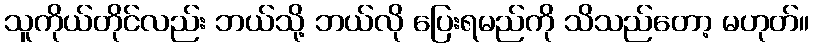
သူကိုယ်တိုင်လည်း ဘယ်သို့ ဘယ်လို ပြေးရမည်ကို သိသည်တော့ မဟုတ်။